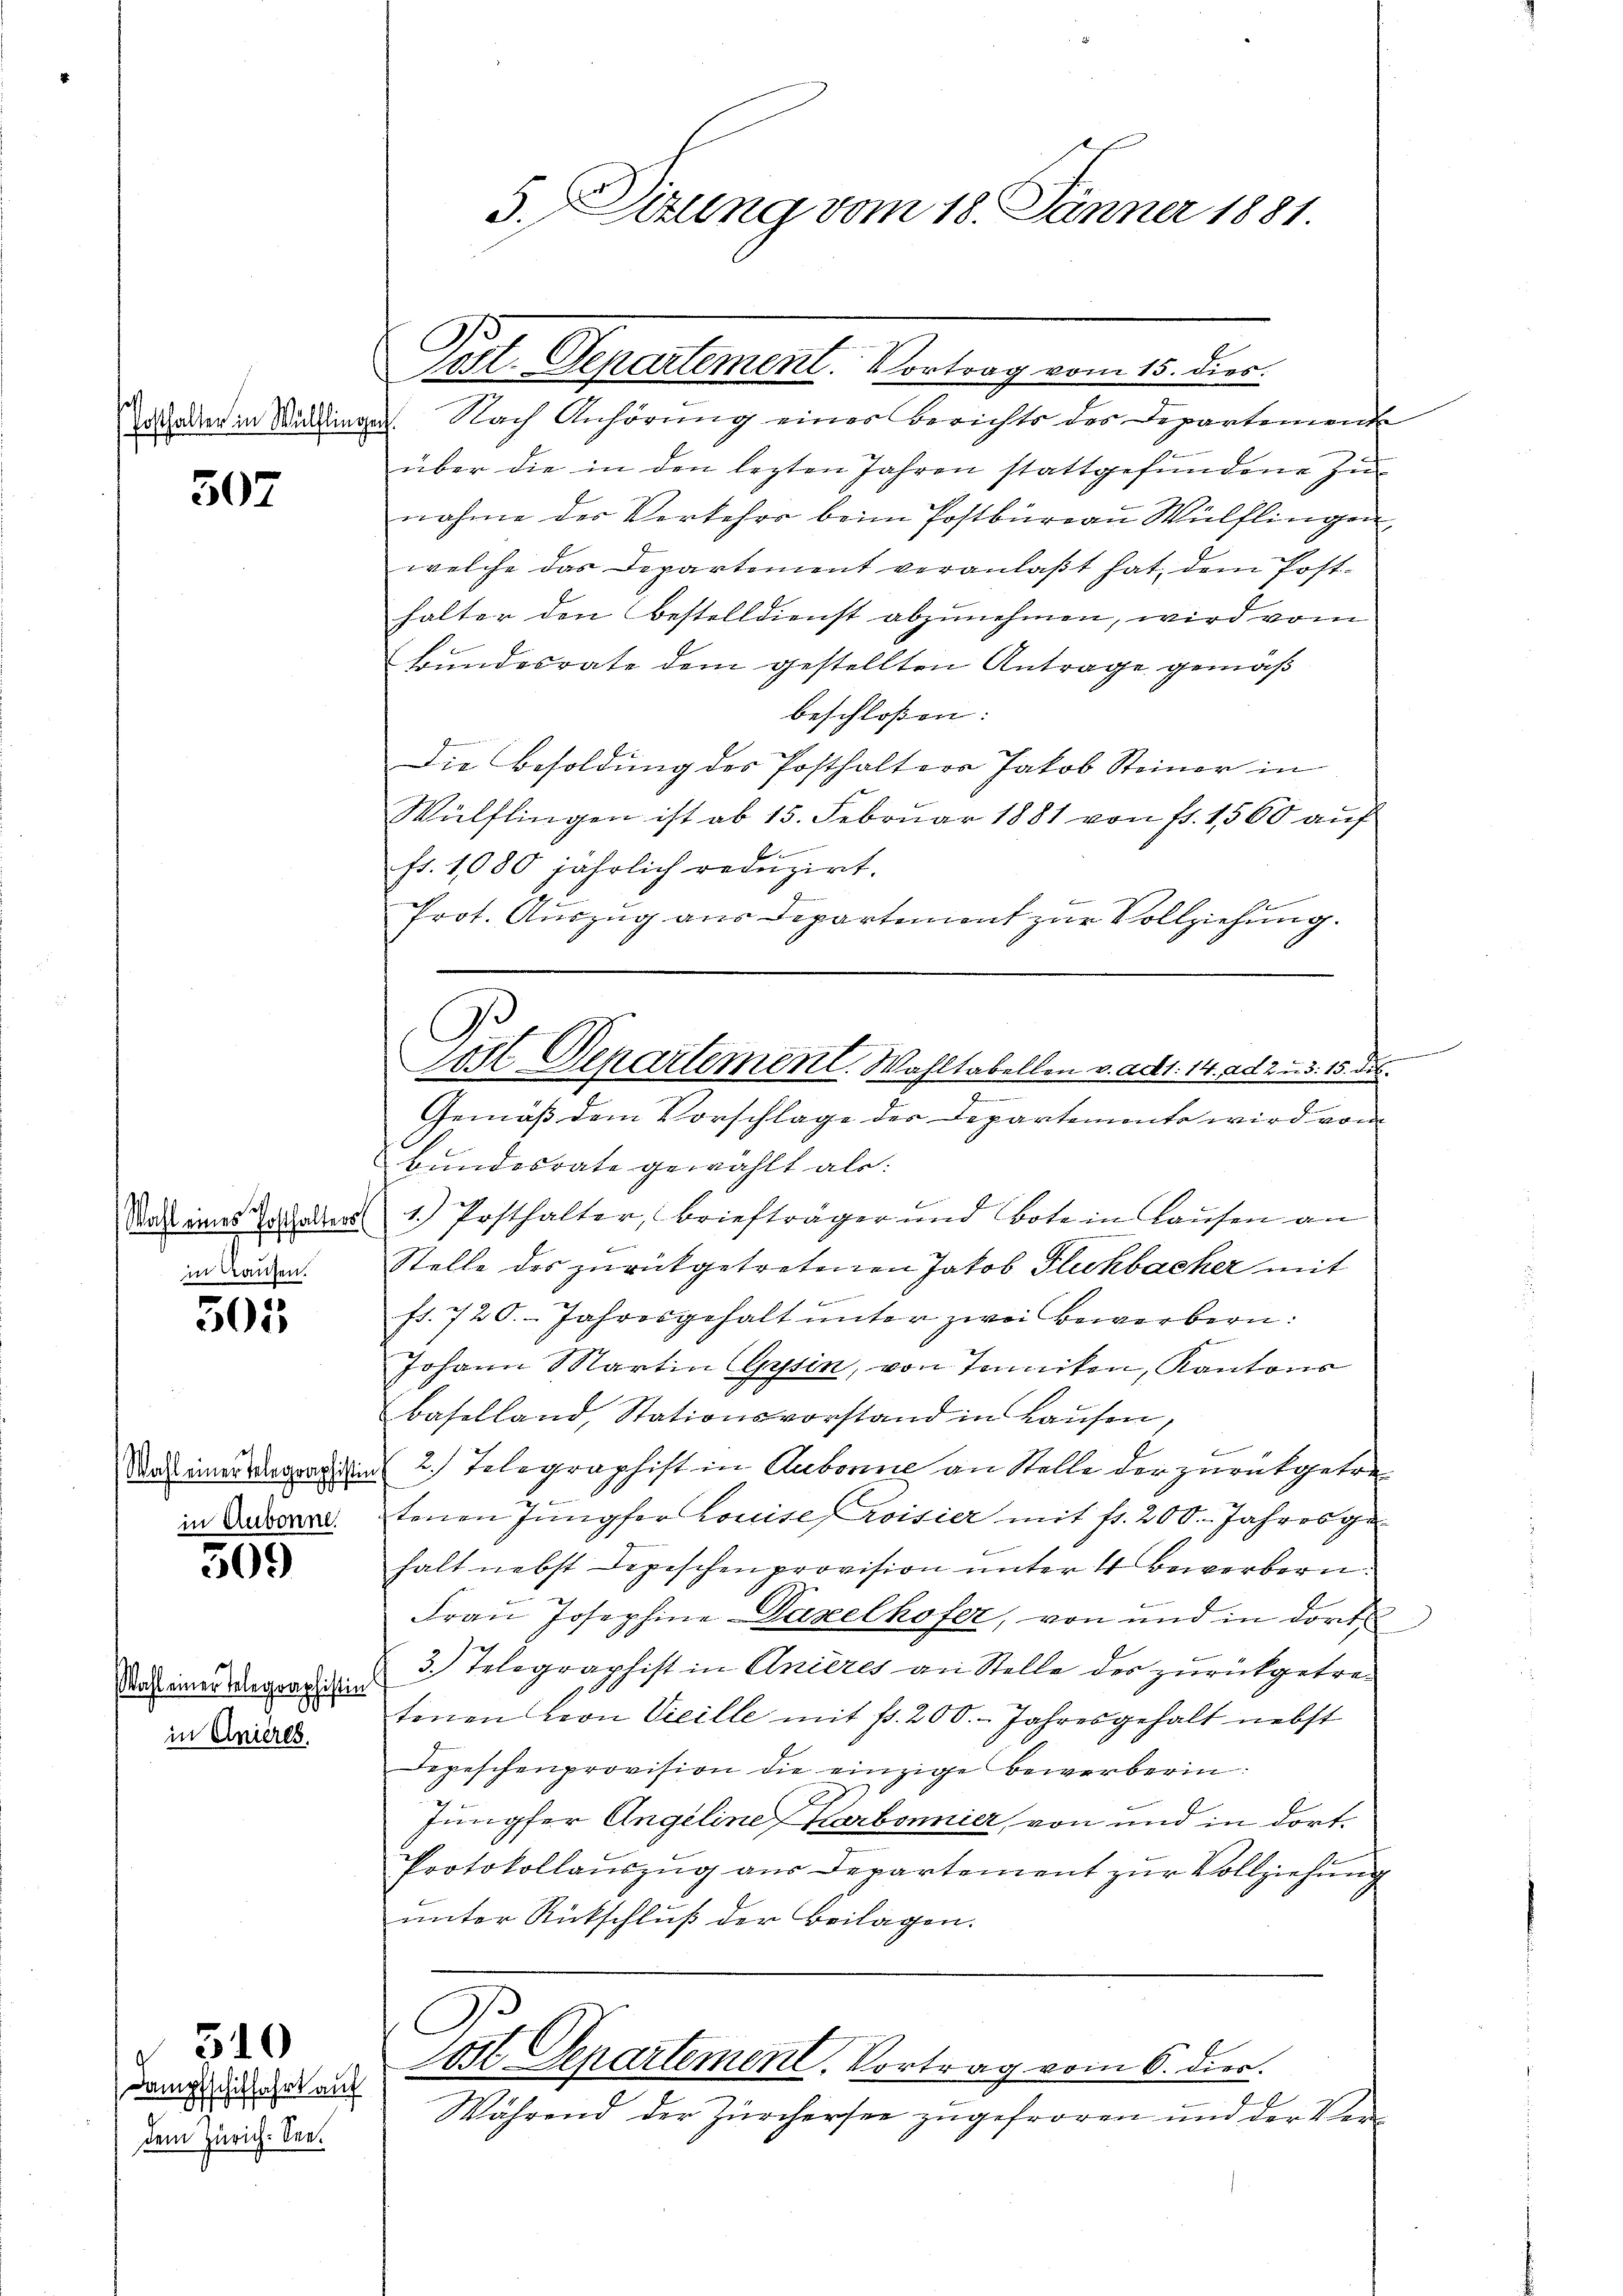
Posthalter in Wülfling

307

det
Wahl eines Posthalters
in Kaufen.

503

Wahl einer Telegraphistin
in Aubonne.

509

Wahl einer Telegraphistin
in Anières.

310

Dampfschiffahrt auf
dem Zürich: See¬

5. Situng vom 18. Jänner 1881

d. Nach Anhörung einer Berichts des Departement
über die in den lezten Jahren stattgefundene Zu-
nahme der Vorkehrs beim Postbureau Wülflingen
welche das Departement veranlaßt hat, dem Posthalter den Bestelldienst abzunehmen, wird vom
Bundesrate dem gestellten Antrage gemäß
beschloßen:
Die Besoldung des Posthalter Jakob Steiner in
Wülflingen ist ab 15. Februar 1881 von fr. 1560 auf
fr. 1080 jährlich reduzirt.
Prot. Auszug aus Departement zur Vollziehung.
Gemäß dem Vorschlage der Departements wird vom
Bundesrate gewählt als:
1.) Posthalter, Briefträger und Bote in Hausen an
Stelle des zurückgetretenen Jakob Fluchbacher mit
ieen eine
fr. 720. Jahresgehalt unter zwei Bewerbern:
Johann Martin (Grsin, von Jenniten, Kantons
Baselland, Stationsvorstand in Hausen,
.
2.) Telegraphist in Aubonne an Stelle der zurückgetre
tenen Jungfer Louise roisier mit fr. 200. Jahres ge
halt nebst Depeschen provision unter 4 Bewerbern
Frau Josephine Dazelhofer, von und in dort,
3.) Telegraphist in Anieres an Stelle des zurückgetretenen von Vicille mit fr. 200. Jahresgehalt nebst
Depeschenprovision die einzige Bewerberin¬
Jungfer Angeline Harbonnier, von und in dort¬
Protokollauszug aus Departement zur Vollziehung
unter Rückschluß der Beilagen.
O
tott Departement. Vortrag vom 6. dies.
Während der Zürchersee zugefroren und der Ver

Post. Departement. Vortrag vom 15. dies.

C
Post Departement. Wahltabellen v. ad 1. 14. ad 2. u. d. 15. des